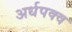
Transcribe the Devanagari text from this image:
अर्धपक्व